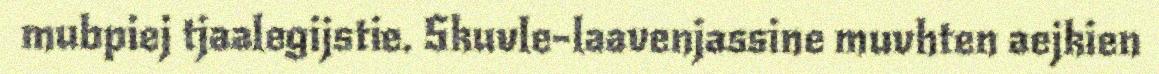
mubpiej tjaalegijstie. Skuvle-laavenjassine muvhten aejkien